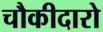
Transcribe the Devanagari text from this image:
चौकीदारो